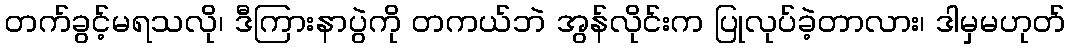
တက်ခွင့်မရသလို၊ ဒီကြားနာပွဲကို တကယ်ဘဲ အွန်လိုင်းက ပြုလုပ်ခဲ့တာလား၊ ဒါမှမဟုတ်